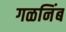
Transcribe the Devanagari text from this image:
गळनिंब